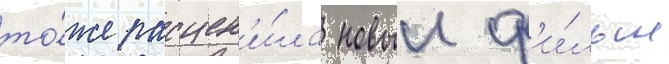
то́же расцен'и́ла новыи ф'и́льм